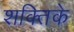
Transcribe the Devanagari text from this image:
शक्तिके